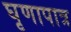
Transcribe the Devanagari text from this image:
घृणापात्र